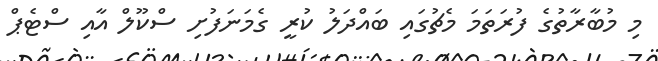
މި މުބާރާތުގެ ފުރަތަމަ މެޗުގައި ބައްދަލު ކުރީ ގެމަނަފުށި ސްކޫލް އާއި ސްޓެޕް